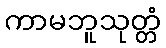
ကာမဘူသုတ္တံ